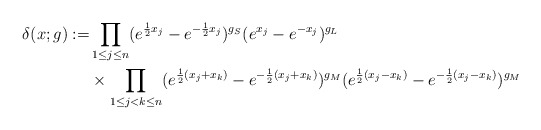
\begin{align*}\delta (x;g) :=& \prod_{1\leq j\leq n} (e^{\frac{1}{2} x_j} - e^{-\frac{1}{2} x_j} )^{g_S} (e^{x_j} - e^{-x_j} )^{g_L} \\&\times \prod_{1\leq j <k\leq n} (e^{\frac{1}{2} (x_j+x_k)} - e^{-\frac{1}{2} (x_j+x_k)} )^{g_M} (e^{\frac{1}{2} (x_j-x_k)} - e^{-\frac{1}{2} (x_j-x_k)} )^{g_M}\end{align*}